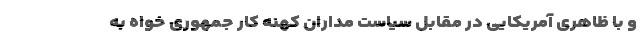
و با ظاهری آمریکایی در مقابل سیاست مداران کهنه کار جمهوری خواه به